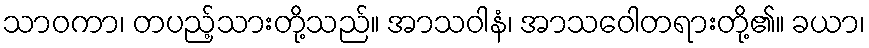
သာဝကာ၊ တပည့်သားတို့သည်။ အာသဝါနံ၊ အာသဝေါတရားတို့၏။ ခယာ၊